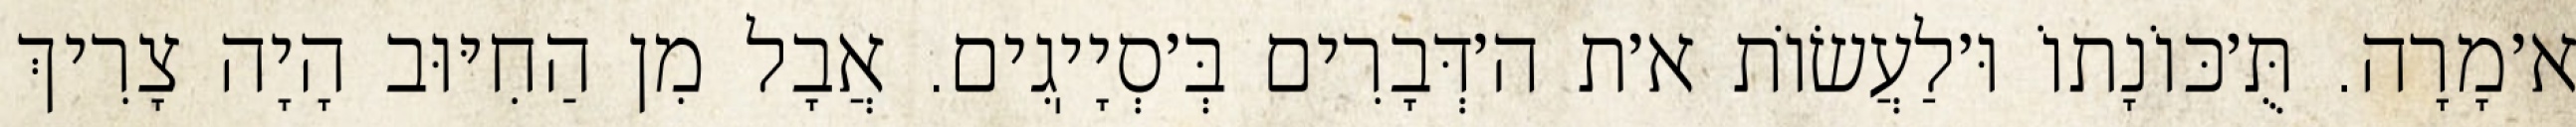
א׳מָרָה. תֻּ׳כּוֹנָתוֹ וּ׳לַעֲשׂוֹת א׳ת ה׳דְּבָרִים בְּ׳סְיָיֽגִים. אֲבָל מִן הַחִיּוּב הָיָה צָרִיךְ